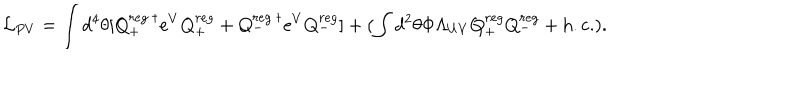
LaTeX: { \cal L } _ { P V } = \int d ^ { 4 } \theta [ Q _ { + } ^ { r e g ~ \dagger } e ^ { V } Q _ { + } ^ { r e g } + Q _ { - } ^ { r e g ~ \dagger } e ^ { V } Q _ { - } ^ { r e g } ] + ( \int d ^ { 2 } \theta \Phi \Lambda _ { U V } Q _ { + } ^ { r e g } Q _ { - } ^ { r e g } + \mathrm { h . c . } ) .